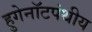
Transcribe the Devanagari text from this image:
हुगेनॉटपंथीय